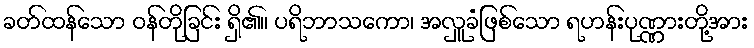
ခတ်ထန်သော ဝန်တိုခြင်း ရှိ၏။ ပရိဘာသကော၊ အလှူခံဖြစ်သော ရဟန်းပုဏ္ဏားတို့အား